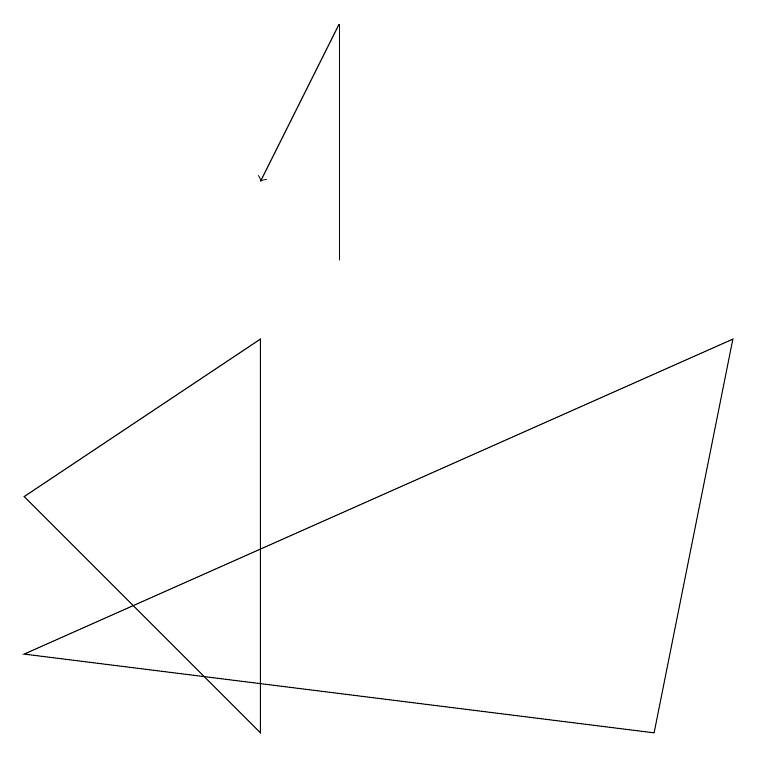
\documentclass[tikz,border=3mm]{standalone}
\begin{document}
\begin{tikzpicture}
\draw[->] (4,13) -- (3,11);
\draw (9,9) -- (8,4) -- (0,5) -- cycle;
\draw (0,7) -- (3,9) -- (3,4) -- cycle;
\draw (4,10) rectangle (4,13);
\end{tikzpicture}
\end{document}